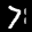
Label: 7